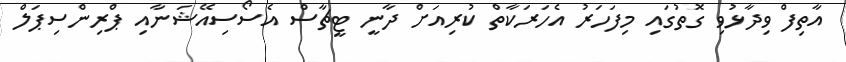
އާތިފް ވިދާޅުވި ގޮތުގައި މިފަހަރު އެހަރަކާތް ކުރިއަށް ދާނީ ޓީޗާސް އެސޯސިއޭޝަނާއި ޕްރިންސިޕަލް